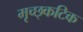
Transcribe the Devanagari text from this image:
मृच्छ्कटिक